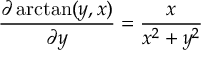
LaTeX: { \frac { \partial \arctan ( y , x ) } { \partial y } } = { \frac { x } { x ^ { 2 } + y ^ { 2 } } }